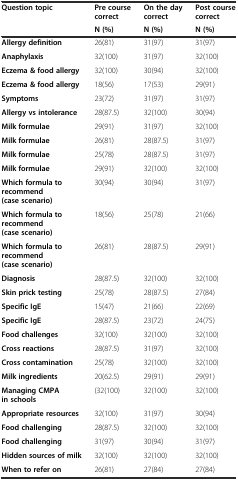
| <ROWSPAN=2> Question topic | Pre course correct | On the day correct | Post course correct |
 | N (%) | N (%) | N (%) |
 | --- | --- | --- | --- |
 | Allergy definition | 26(81) | 31(97) | 31(97) |
 | Anaphylaxis | 32(100) | 31(97) | 32(100) |
 | Eczema & food allergy | 32(100) | 30(94) | 32(100) |
 | Eczema & food allergy | 18(56) | 17(53) | 29(91) |
 | Symptoms | 23(72) | 31(97) | 31(97) |
 | Allergy vs intolerance | 28(87.5) | 32(100) | 30(94) |
 | Milk formulae | 29(91) | 31(97) | 32(100) |
 | Milk formulae | 26(81) | 28(87.5) | 31(97) |
 | Milk formulae | 25(78) | 28(87.5) | 31(97) |
 | Milk formulae | 29(91) | 32(100) | 32(100) |
 | Which formula to recommend (case scenario) | 30(94) | 30(94) | 31(97) |
 | Which formula to recommend (case scenario) | 18(56) | 25(78) | 21(66) |
 | Which formula to recommend (case scenario) | 26(81) | 28(87.5) | 29(91) |
 | Diagnosis | 28(87.5) | 32(100) | 32(100) |
 | Skin prick testing | 25(78) | 28(87.5) | 27(84) |
 | Specific IgE | 15(47) | 21(66) | 22(69) |
 | Specific IgE | 28(87.5) | 23(72) | 24(75) |
 | Food challenges | 32(100) | 32(100) | 32(100) |
 | Cross reactions | 28(87.5) | 31(97) | 32(100) |
 | Cross contamination | 25(78) | 32(100) | 32(100) |
 | Milk ingredients | 20(62.5) | 29(91) | 29(91) |
 | Managing CMPA in schools | (32(100) | 32(100) | 32(100) |
 | Appropriate resources | 32(100) | 31(97) | 30(94) |
 | Food challenging | 28(87.5) | 32(100) | 32(100) |
 | Food challenging | 31(97) | 30(94) | 31(97) |
 | Hidden sources of milk | 32(100) | 32(100) | 32(100) |
 | When to refer on | 26(81) | 27(84) | 27(84) |